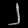
Digit: ၂